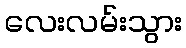
လေးလမ်းသွား